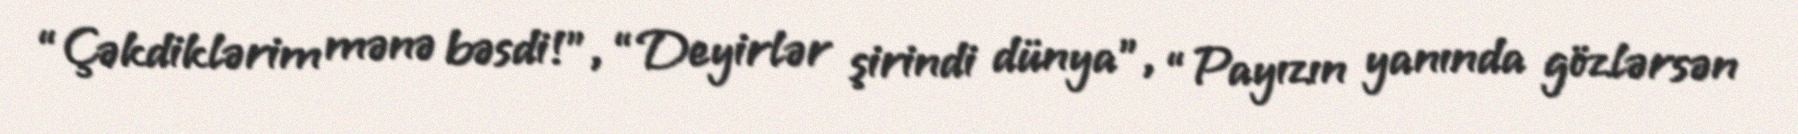
“Çəkdiklərim mənə bəsdi!”, “Deyirlər şirindi dünya”, “Payızın yanında gözlərsən